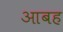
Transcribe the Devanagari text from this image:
आबह